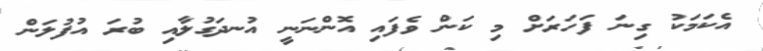
އެކަމަކު ގިނަ ފަހަރަށް މި ކަން ވެފައި އޮންނަނީ އުނދަގުލާއި ބުރަ އުފުލަން